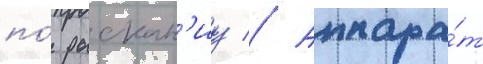
по́ рыскан'иу // Аппара́т